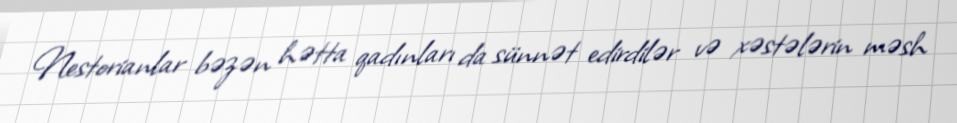
Nestorianlar bəzən hətta qadınları da sünnət edirdilər və xəstələrin məsh